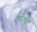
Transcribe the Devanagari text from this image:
पांगूळ